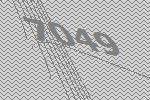
7049